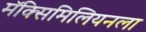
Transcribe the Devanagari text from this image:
मॅक्सिमिलियनला